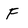
Character: F